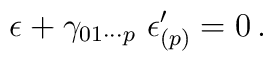
\epsilon + \gamma_{01\cdots p}\ \epsilon_{(p)}^\prime = 0\, .